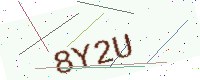
Text: 8Y2U